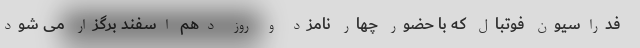
فدراسیون فوتبال که با حضور چهار نامزد و روز دهم اسفند برگزار می شود